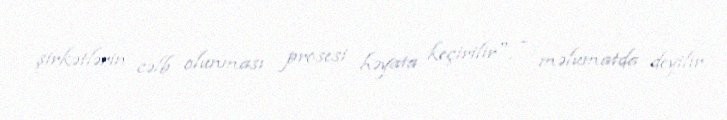
şirkətlərin cəlb olunması prosesi həyata keçirilir", - məlumatda deyilir.